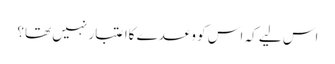
اس لیے کہ اس کو وعدے کاا عتبار نہیں تھا؟